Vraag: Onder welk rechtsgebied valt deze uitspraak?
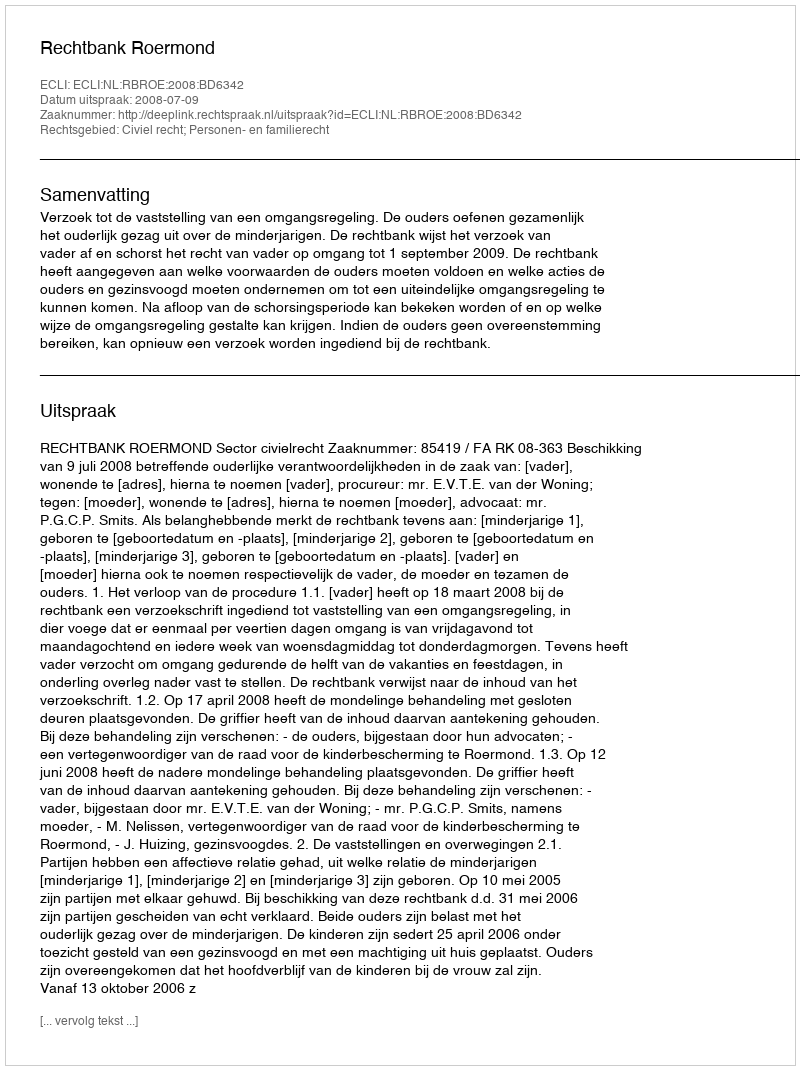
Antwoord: Civiel recht; Personen- en familierecht